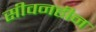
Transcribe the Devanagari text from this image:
सीवनहीन